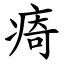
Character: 㾨